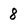
Character: 8